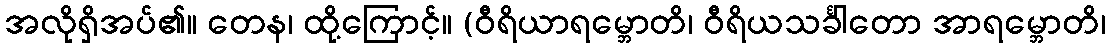
အလိုရှိအပ်၏။ တေန၊ ထို့ကြောင့်။ (ဝီရိယာရမ္ဘောတိ၊ ဝီရိယသင်္ခါတော အာရမ္ဘောတိ၊